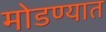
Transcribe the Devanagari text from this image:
मोडण्यात